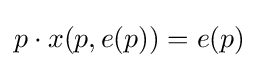
p\cdot x(p,e(p))=e(p)